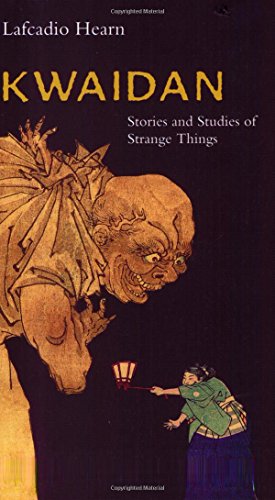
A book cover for Kwaidan: Stories and Studies of Strange Things; Lafcadio Hearn; Literature & Fiction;